Insane asylums in Bengal annual reports 1867-1875 - 1867-1875
Year: 1867
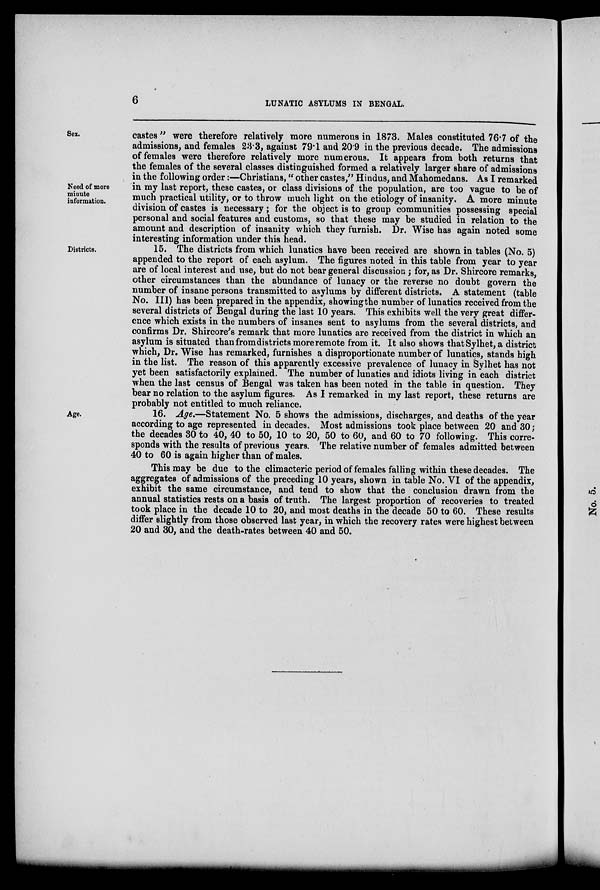
6
LUNATIC ASYLUMS IN BENGAL.
Sex.
Need of more
minute
information.
castes" were therefore relatively more numerous in 1873. Males constituted 76.7 of the
admissions, and females 23.3, against 79.1 and 20.9 in the previous decade. The admissions
of females were therefore relatively more numerous. It appears from both returns that
the females of the several classes distinguished formed a relatively larger share of admissions
in the following order:—Christians," other castes, '' Hindus, and Mahomedans. As I remarked
in my last report, these castes, or class divisions of the population, are too vague to be of
much practical utility, or to throw much light on the etiology of insanity. A more minute
division of castes is necessary; for the object is to group communities possessing special
personal and social features and customs, so that these may be studied in relation to the
amount and description of insanity which they furnish. Dr. Wise has again noted some
interesting information under this head.
Districts.
15. The districts from which lunatics have been received are shown in tables (No. 5)
appended to the report of each asylum. The figures noted in this table from year to year
are of local interest and use, but do not bear general discussion; for, as Dr. Shircore remarks,
other circumstances than the abundance of lunacy or the reverse no doubt govern the
number of insane persons transmitted to asylums by different districts. A statement (table
No. III) has been prepared in the appendix, showing the number of lunatics received from the
several districts of Bengal during the last 10 years. This exhibits well the very great differ-
ence which exists in the numbers of insanes sent to asylums from the several districts, and
confirms Dr. Shircore's remark that more lunatics are received from the district in which an
asylum is situated than from districts more remote from it. It also shows that Sylhet, a district
which, Dr. Wise has remarked, furnishes a disproportionate number of lunatics, stands high
in the list. The reason of this apparently excessive prevalence of lunacy in Sylhet has not
yet been satisfactorily explained. The number of lunatics and idiots living in each district
when the last census of Bengal was taken has been noted in the table in question. They
bear no relation to the asylum figures. As I remarked in my last report, these returns are
probably not entitled to much reliance.
Age.
16. Age.—Statement No. 5 shows the admissions, discharges, and deaths of the year
according to age represented in decades. Most admissions took place between 20 and 30;
the decades 30 to 40, 40 to 50, 10 to 20, 50 to 60, and 60 to 70 following. This corre-
sponds with the results of previous years. The relative number of females admitted between
40 to 60 is again higher than of males.
This may be due to the climacteric period of females falling within these decades. The
aggregates of admissions of the preceding 10 years, shown in table No. VI of the appendix,
exhibit the same circumstance, and tend to show that the conclusion drawn from the
annual statistics rests on a basis of truth. The largest proportion of recoveries to treated
took place in the decade 10 to 20, and most deaths in the decade 50 to 60. These results
differ slightly from those observed last year, in which the recovery rates were highest between
20 and 30, and the death-rates between 40 and 50.